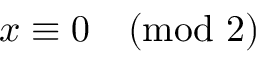
x \equiv 0 { \pmod { 2 } }